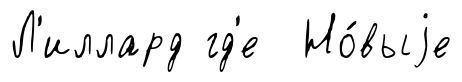
Л'иллард гд'е Но́выjе